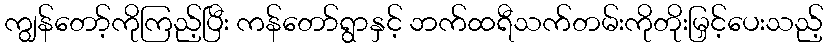
ကျွန်တော့်ကိုကြည့်ပြီး ကန်တော်ရွာနှင့် ဘက်ထရီသက်တမ်းကိုတိုးမြှင့်ပေးသည့်